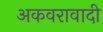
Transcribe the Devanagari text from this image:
अकवरावादी